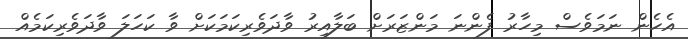
އެހެން ނަމަވެސް މިހާރު ފެންނަ މަންޒަރަށް ބަލާއިރު ވާދަވެރިކަމަކަށް ވާ ކަހަލަ ވާދަވެރިކަމެއް